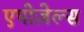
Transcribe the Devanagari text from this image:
एपोज़ेल्स